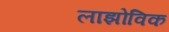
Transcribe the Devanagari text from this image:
लाझोविक